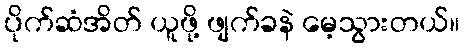
ပိုက်ဆံအိတ် ယူဖို့ ဖျက်ခနဲ မေ့သွားတယ်။